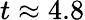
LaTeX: t\approx 4.8